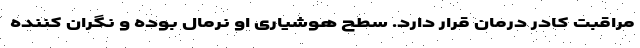
مراقبت کادر درمان قرار دارد. سطح هوشیاری او نرمال بوده و نگران کننده